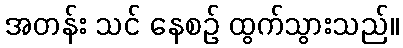
အတန်း သင် နေစဉ် ထွက်သွားသည်။